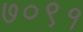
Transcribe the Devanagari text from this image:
७०९१